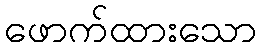
ဖောက်ထားသော